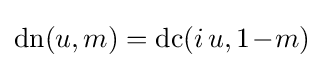
\operatorname {dn} (u,m)=\operatorname {dc} (i\,u,1\!-\!m)